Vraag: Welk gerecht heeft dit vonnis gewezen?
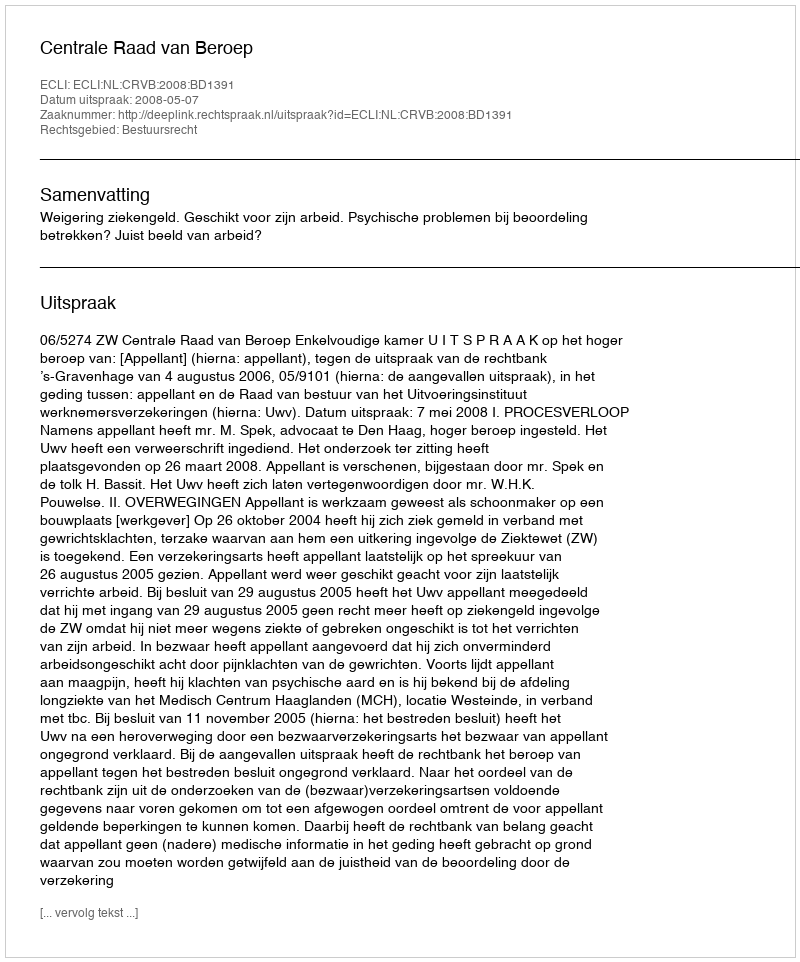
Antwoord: Centrale Raad van Beroep